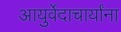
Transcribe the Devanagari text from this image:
आयुर्वेदाचार्यांना